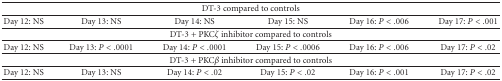
<table><thead><tr><td colspan="6"><b>DT-3 compared to controls</b></td></tr></thead><tbody><tr><td>Day 12: NS</td><td>Day 13: NS</td><td>Day 14: NS</td><td>Day 15: NS</td><td>Day 16: <i>P</i> &lt; .006</td><td>Day 17: <i>P</i> &lt; .001</td></tr><tr><td colspan="6">DT-3 + PKC<i>ζ</i> inhibitor compared to controls</td></tr><tr><td>Day 12: NS</td><td>Day 13: <i>P</i> &lt; .0001</td><td>Day 14: <i>P</i> &lt; .0001</td><td>Day 15: <i>P</i> &lt; .0006</td><td>Day 16: <i>P</i> &lt; .006</td><td>Day 17: <i>P</i> &lt; .02</td></tr><tr><td colspan="6">DT-3 + PKC<i>β</i> inhibitor compared to controls</td></tr><tr><td>Day 12: NS</td><td>Day 13: NS</td><td>Day 14: <i>P</i> &lt; .02</td><td>Day 15: <i>P</i> &lt; .02</td><td>Day 16: <i>P</i> &lt; .001</td><td>Day 17: <i>P</i> &lt; .02</td></tr></tbody></table>